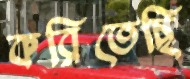
করিতেছি